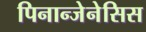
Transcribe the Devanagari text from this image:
पिनान्जेनेसिस